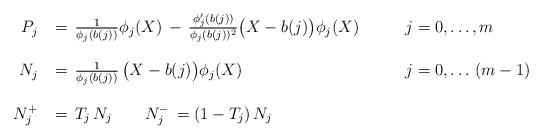
LaTeX: \begin{align*}\begin{array}{rll}P_j\,&=\,\frac 1{\phi_j(b(j))}\phi_j(X)\,-\,\frac{\phi_j'(b(j))}{\phi_j(b(j))^2}\bigl(X-b(j)\bigr) \phi_j(X)\qquad &j=0,\ldots,m\\&&\\N_j\,&=\,\frac 1 {\phi_j(b(j))}\,\bigl(X-b(j)\bigr) \phi_j(X)\qquad&j=0,\ldots\,(m-1)\\&&\\N_j^+\,&=\,T_j\,N_j\qquad N_j^-\,=(1-T_j)\,N_j\\\end{array}\end{align*}